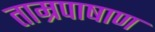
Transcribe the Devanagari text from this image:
ताम्रपाषाण